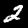
Label: 2